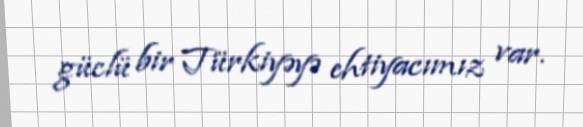
güclü bir Türkiyəyə ehtiyacımız var.